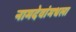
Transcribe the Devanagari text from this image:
नामदेवांमधला